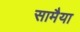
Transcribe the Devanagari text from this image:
सामैया